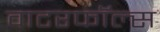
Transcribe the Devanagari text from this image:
वाटरफॉल्स